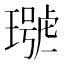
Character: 𤩩